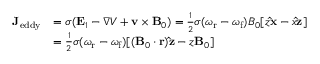
\begin{array} { r l } { \mathbf { J } _ { \mathrm { e d d y } } } & { = \sigma ( \mathbf { E } _ { 1 } - \boldsymbol { \nabla } V + \mathbf { v } \times \mathbf { B } _ { 0 } ) = \frac { 1 } { 2 } \sigma ( \omega _ { \mathrm { r } } - \omega _ { \mathrm { f } } ) B _ { 0 } [ z \mathbf { \hat { x } } - x \mathbf { \hat { z } } ] } \\ & { = \frac { 1 } { 2 } \sigma ( \omega _ { \mathrm { r } } - \omega _ { \mathrm { f } } ) [ ( \mathbf { B } _ { 0 } \boldsymbol { \cdot } \mathbf { r } ) \mathbf { \hat { z } } - z \mathbf { B } _ { 0 } ] } \end{array}